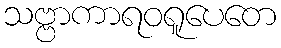
သဗ္ဗာကာရဝရူပေတေ